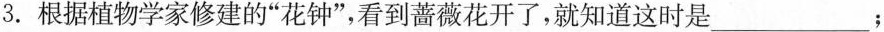
3.根据植物学家修建的”花钟”，看到蔷薇花开了，就知道这时是___；